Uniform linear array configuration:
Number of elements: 12
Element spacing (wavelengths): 0.5
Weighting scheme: kaiser
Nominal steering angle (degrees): -60
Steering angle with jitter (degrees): -60.433
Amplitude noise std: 0.05
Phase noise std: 0.05

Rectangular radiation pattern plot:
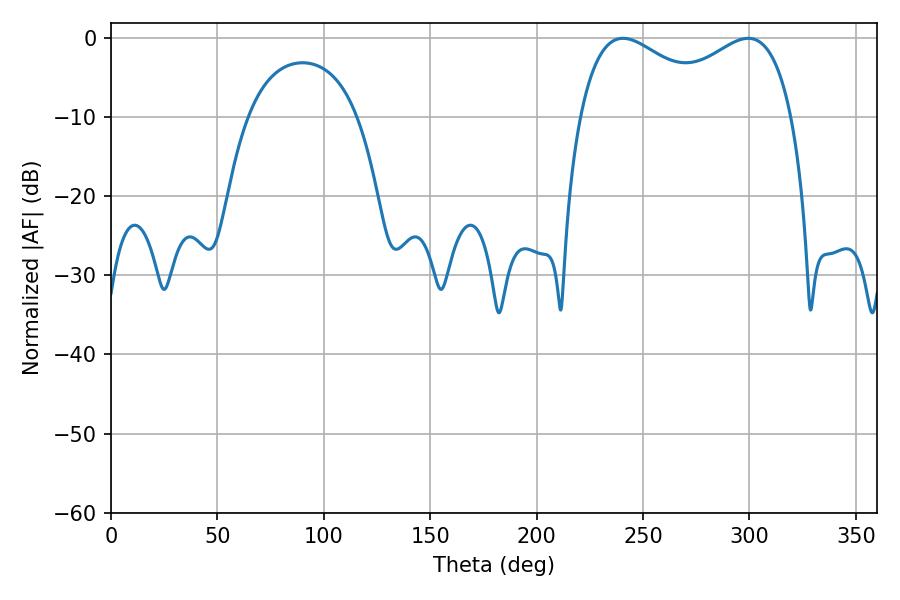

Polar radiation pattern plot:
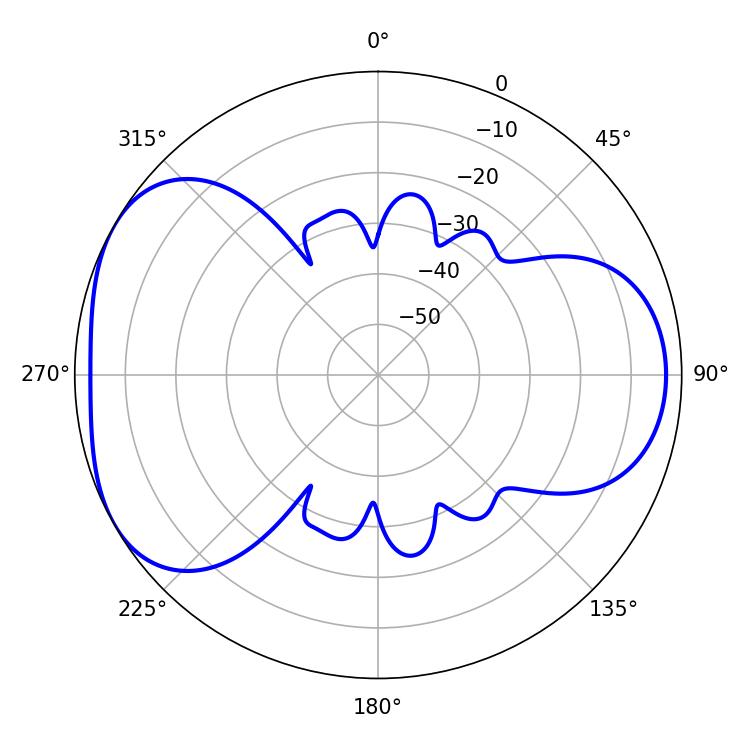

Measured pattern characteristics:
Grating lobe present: FALSE
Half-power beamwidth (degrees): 38.34
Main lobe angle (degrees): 240.66